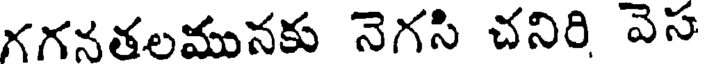
గగనతలమునకు నెగసి చనిరి వెస